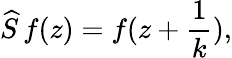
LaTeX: \widehat{S}\, f(z)=f(z+\frac{1}{k}),